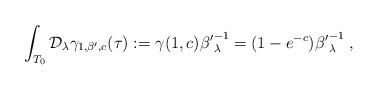
LaTeX: \begin{align*}\int_{T_0} \mathcal{D}_\lambda\gamma_{1, \beta',c}(\tau):=\gamma(1,c) {\beta'}^{-1}_\lambda=(1-e^{- c}) {\beta'}^{-1}_\lambda\;,\end{align*}